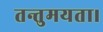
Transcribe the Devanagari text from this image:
तन्तुमयता।